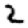
Digit: 2